Vaccination in the Punjab 1905-1918 - 1905-1918
Year: 1905
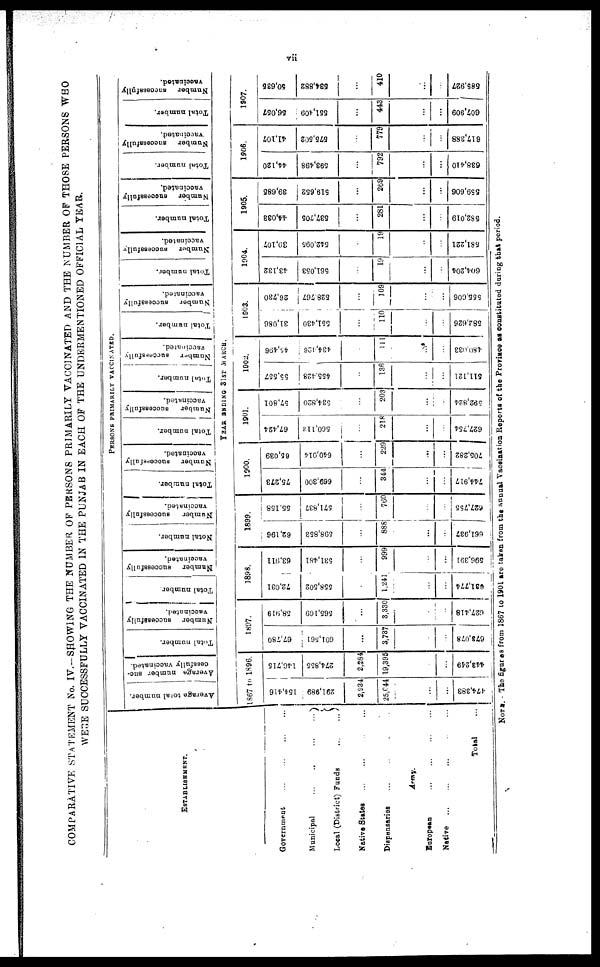
vii
COMPARATIVE STATEMENT No. IV.—SHOWING THE NUMBER OF PERSONS PRIMARILY VACCINATED AND THE NUMBER OF THOSE PERSONS WHO
WERE SUCCESSFULLY VACCINATED IN THE PUNJAB IN EACH OF THE UNDERMENTIONED OFFICIAL YEAR.
ESTABLISHMENT.
Government
...
...
...
...
Municipal
...
...
...
...
Local (District) Funds
...
...
Native States ... ... ...
Dispensaries ... ... ...
Army.
European ... ... ...
Native ... ... ... ...
Total ...
PERSONS PRIMARILY VACCINATED.
Average total number.
Average number suc-
cessfully vaccinated.
Total number.
Number
successfully
vaccinated.
Total number
Number
successfully
vaccinated.
Notal number.
Number
successfully
vaccinated.
Total number.
Number
successfully
vaccinated.
Total number.
Number
successfully
vaccinated.
Total number.
Number
successfully
vaccinated.
Total number.
Number
successfully
vaccinated.
Total number.
Number
successfully
vaccinated.
Total number.
Number
successfully
vaccinated.
Total number.
Number
successfully
vaccinated.
Total number.
Number
successfully
vaccinated.
YEAR ENDING 31ST MARCH.
1867 to 1896.
154,416
291,989
2,934
25,044
...
...
474,383
146,715
274,855
2,284
19,395
...
...
443,249
1897.
67,780
601,561
...
3,737
...
...
678,078
58,919
565,169
...
3,330
...
...
627,418
1898.
72,031
558,502
...
1,241
...
...
631,774
63,911
531,481
...
999
...
...
596,391
1899.
62,196
598,853
...
888
...
...
661,937
55,158
571,837
...
760
...
...
627,755
1900.
75,273
669,300
...
344
...
...
744,917
65,039
640,014
...
229
...
...
705,282
1901.
67,424
560,112
...
218
...
...
627,754
57,801
534,820
...
203
...
...
592,824
1902.
55,557
455,428
...
136
...
...
511,121
45,496
434,426
...
111
...
...
480,033
1903.
31,086
551,430
...
110
...
...
582,626
26,730
528,767
...
109
...
...
555,606
1904.
43,132
561,053
...
19
...
...
604,204
39,107
542,095
...
19
...
...
581,221
1905.
44,033
537,705
...
281
...
...
582,019
89,685
519,652
...
269
...
...
559,606
1906.
44,120
593,498
...
792
...
...
638,410
41,107
575,502
...
779
...
...
617,388
1907.
56,057
551,409
...
443
...
...
607,909
50,635
534,882
...
410
...
685,927
NOTE. — The figures from 1867 to 1901 are taken from the annual Vaccination Reports of the Province as constituted during that period.